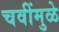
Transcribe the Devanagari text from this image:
चवींमुळे